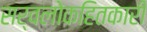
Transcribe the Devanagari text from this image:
सर्वलोकहितकारी